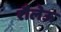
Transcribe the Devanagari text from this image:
रौलेऊ